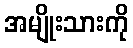
အမျိုးသားကို